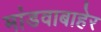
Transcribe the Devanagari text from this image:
मांडवाबाहेर